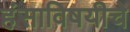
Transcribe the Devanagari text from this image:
हंसाविषयीचे